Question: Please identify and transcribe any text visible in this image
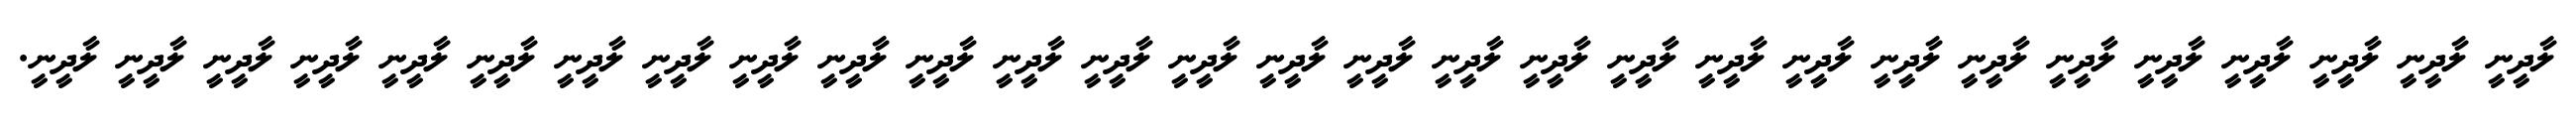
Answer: ލާދީނީ ލާދީނީ ލާދީނީ ލާދީނީ ލާދީނީ ލާދީނީ ލާދީނީ ލާދީނީ ލާދީނީ ލާދީނީ ލާދީނީ ލާދީނީ ލާދީނީ ލާދީނީ ލާދީނީ ލާދީނީ ލާދީނީ ލާދީނީ ލާދީނީ ލާދީނީ ލާދީނީ ލާދީނީ ލާދީނީ ލާދީނީ ލާދީނީ ލާދީނީ ލާދީނީ ލާދީނީ ލާދީނީ.